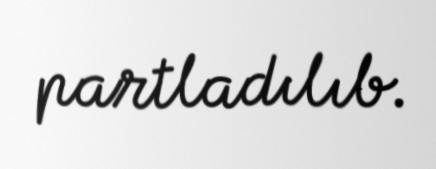
partladılıb.